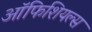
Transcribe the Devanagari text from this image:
ऑफिशियल्स